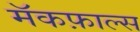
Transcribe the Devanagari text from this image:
मॅकफ़ाल्स